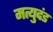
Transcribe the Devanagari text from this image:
मत्युदंड